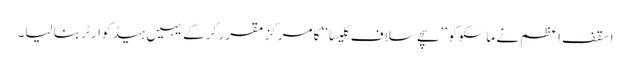
اسقف اعظم نے ماسکوکو ’’سچے سلاف کلیسا‘‘ کا مرکز مقرر کر کے یہیں ہیڈ کوارٹر بنا لیا۔